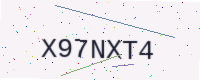
Text: X97NXT4